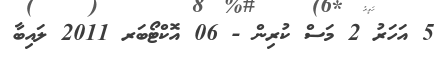
5 އަހަރު 2 މަސް ކުރިން - 06 އޮކްޓޯބަރ 2011 ލައިބާ